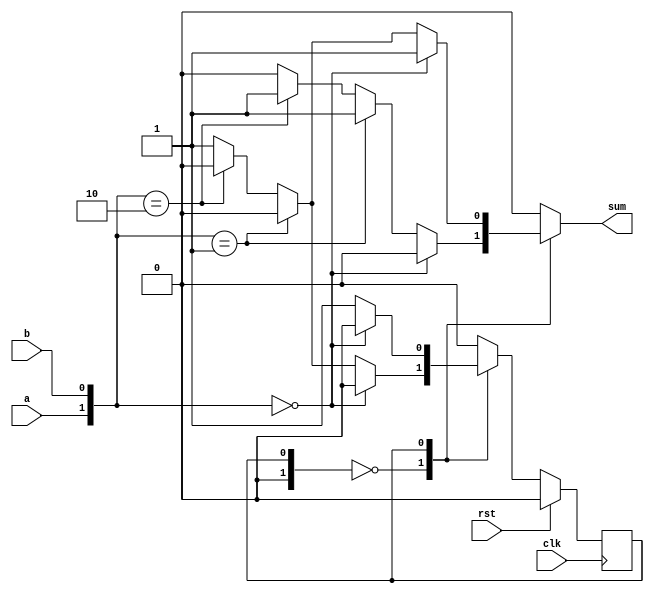
`timescale 1ns / 1ps
module binary_adder_melay(input clk,rst,a,b,output reg sum);

parameter no_carry=0;
parameter carry=1;

reg [1:0] state=no_carry,nstate=no_carry;

always @(posedge clk)
begin
    if(rst)
        state<=no_carry;
    else
        state<=nstate;
end

always @(state,a,b) begin
case(state)
    no_carry:begin
    if({a,b}==2'b00)
                sum=0;
            else if({a,b}==2'b01)
                sum=1;
            else if({a,b}==2'b10)
                sum=1;
            else
                sum=0;
            end
    carry:begin
    if({a,b}==2'b00)
                sum=1;
            else if({a,b}==2'b01)
                sum=0;
            else if({a,b}==2'b10)
                sum=0;
            else
                sum=1;  
            end  
    default:sum=0;           
endcase
end

always @(state,a,b) begin
case(state)
    no_carry:if({a,b}==2'b00)
                nstate=no_carry;
            else if({a,b}==2'b01)
                nstate=no_carry;
            else if({a,b}==2'b10)
                nstate=no_carry;
            else
                nstate=carry;
    carry:if({a,b}==2'b00)
                nstate=no_carry;
            else if({a,b}==2'b01)
                nstate=carry;
            else if({a,b}==2'b10)
                nstate=carry;
            else
                nstate=carry;    
    default:nstate=no_carry;           
endcase
end
endmodule